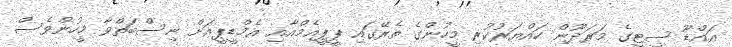
އައްޑޫ ސިޓީގެ މަރަދޫން ހައްޔަރުކުރި މީހުންގެ ތެރޭގައި ޕީޕީއެމްއާއި އެމްޑީޕީއަށް ނިސްބަތްވާ މީހުންވެސް